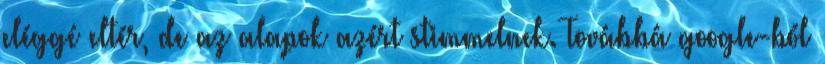
eléggé eltér, de az alapok azért stimmelnek. Továbbá google-ból